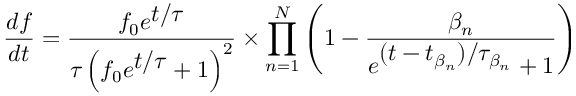
\frac { d f } { d t } = \frac { f _ { 0 } e ^ { \displaystyle t / \tau } } { \tau \left( f _ { 0 } e ^ { \displaystyle t / \tau } + 1 \right) ^ { 2 } } \times \prod _ { n = 1 } ^ { N } \left( 1 - \frac { \beta _ { n } } { e ^ { \displaystyle ( t - t _ { \beta _ { n } } ) / \tau _ { \beta _ { n } } } + 1 } \right)